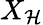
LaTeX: X_{\mathcal{H}}